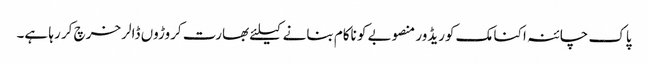
پاک چائنہ اکنامک کوریڈور منصوبے کو ناکام بنانے کیلئے بھارت کروڑوں ڈالر خرچ کر رہا ہے۔